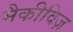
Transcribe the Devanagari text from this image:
मैकीविज़